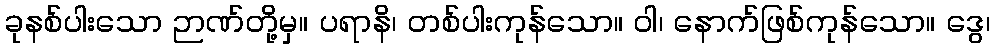
ခုနစ်ပါးသော ဉာဏ်တို့မှ။ ပရာနိ၊ တစ်ပါးကုန်သော။ ဝါ၊ နောက်ဖြစ်ကုန်သော။ ဒွေ၊